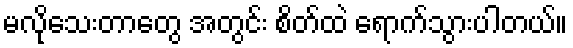
မလိုသေးတာတွေ အတွင်း စိတ်ထဲ ရောက်သွားပါတယ်။